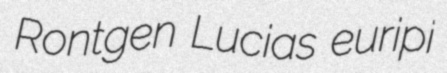
Rontgen Lucias euripi